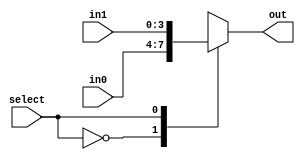


//mux 4
module MUX4 (in0, in1, select, out);
    input[3:0] in0;
    input[3:0] in1;
    input select;
    output reg[3:0] out;
    
    always @(in0 or in1 or select)
        begin
        case(select)
        0 : out = in0;
        1 : out = in1;
        default: out = in0;
        endcase
        end
        
endmodule